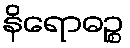
နိရောဓဉ္စ